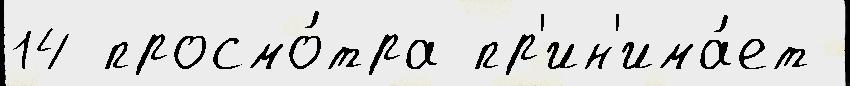
14 просмо́тра пр'ин'има́ет